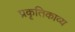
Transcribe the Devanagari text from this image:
प्रकृतिकाव्य